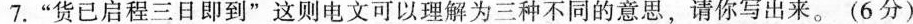
7.”货已启程三日即到”这则电文可以理解为三种不同的意思，请你写出来。(6分)